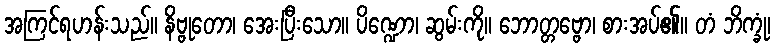
အကြင်ရဟန်းသည်။ နိဗ္ဗုတော၊ အေးပြီးသော။ ပိဏ္ဍော၊ ဆွမ်းကို။ ဘောတ္တဗ္ဗော၊ စားအပ်၏။ တံ ဘိက္ခုံ၊